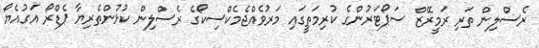
ރެސްލިން ތަރި ރަމީރޭޒް ސަޕޯޓަރުންގެ ކުރިމަތީގައި މަރުވެއްޖެމެކްސިކޯގެ ރެސްލިން ކުޅުންތެރިޔާ ޕެޑްރޯ އަގުއެޔޯ